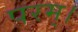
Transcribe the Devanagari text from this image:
परम्‌।